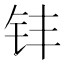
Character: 𮷷